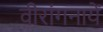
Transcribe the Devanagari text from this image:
वीरांगनायें